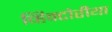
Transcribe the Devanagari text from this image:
व्हिक्टोरीया